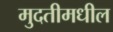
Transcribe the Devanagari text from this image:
मुदतीमधील